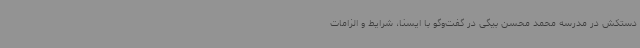
دستکش در مدرسه محمد محسن بیگی در گفت‌وگو با ایسنا، شرایط و الزامات